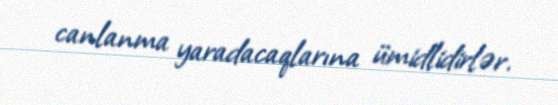
canlanma yaradacaqlarına ümidlidirlər.